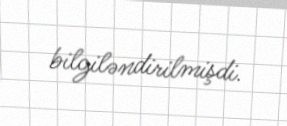
bilgiləndirilmişdi.